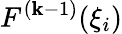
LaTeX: F^{(\mathbf{k}-1)}(\xi_{i})